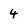
Character: 4